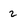
Character: 2